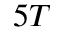
5 T